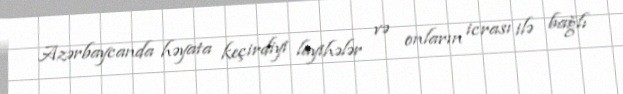
Azərbaycanda həyata keçirdiyi layihələr və onların icrası ilə bağlı